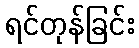
ရင်တုန်ခြင်း